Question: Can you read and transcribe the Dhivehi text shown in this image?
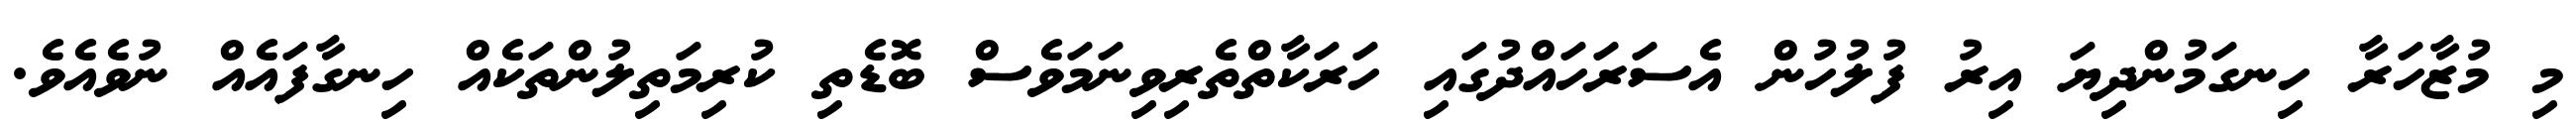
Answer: މި މުޒާހަރާ ހިނގަމުންދިޔަ އިރު ފުލުހުން އެސަރަހައްދުގައި ހަރަކާތްތެރިވިނަމަވެސް ބޮޑެތި ކުރިމަތިލުންތަކެއް ހިނގާފައެއް ނުވެއެވެ.